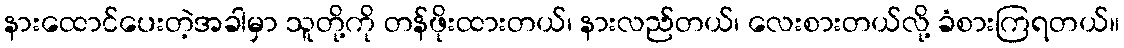
နားထောင်ပေးတဲ့အခါမှာ သူတို့ကို တန်ဖိုးထားတယ်၊ နားလည်တယ်၊ လေးစားတယ်လို့ ခံစားကြရတယ်။